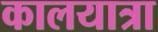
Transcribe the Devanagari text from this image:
कालयात्रा